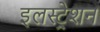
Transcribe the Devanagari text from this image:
इलस्ट्रेशन